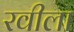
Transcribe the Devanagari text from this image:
रवीला